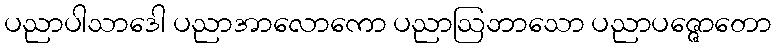
ပညာပါသာဒေါ ပညာအာလောကော ပညာဩဘာသော ပညာပဇ္ဇောတော